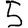
Digit: 5